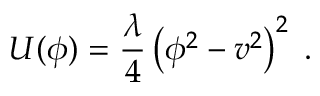
U ( \phi ) = \frac { \lambda } { 4 } \left( \phi ^ { 2 } - v ^ { 2 } \right) ^ { 2 } \; .